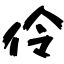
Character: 伶